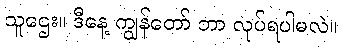
သူဌေး။ ဒီနေ့ ကျွန်တော် ဘာ လုပ်ရပါမလဲ။